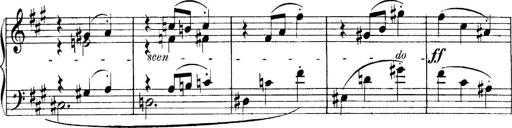
Title: 4 Sonatines
Composer: Max Reger